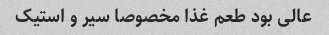
عالی بود طعم غذا مخصوصا سیر و استیک